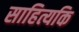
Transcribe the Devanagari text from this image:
साहित्यकि